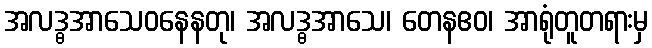
အလဒ္ဓအာသေဝနေနတု၊ အလဒ္ဓအာသေ၊ တေနဧဝ၊ အာရုံတူတရားမှ